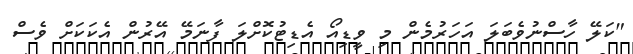
"ކަލޭ ހާސްނުވެބަލަ އަހަރުމެން މި ވީޑިއޯ އެޑިޓުކޮށްލަ ފާނަމޭ އޭރުން އެކަކަށް ވެސް